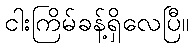
ငါးကြိမ်ခန့်ရှိလေပြီ။